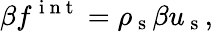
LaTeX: \beta f^{\mathrm{~i~n~t~}}=\rho_{\mathrm{~s~}}\beta u_{\mathrm{~s~}},